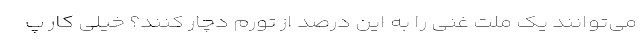
می‌توانند یک ملت غنی را به این درصد از تورم دچار کنند؟ خیلی کار پ